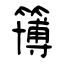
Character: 簙